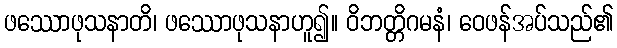
ဖဿောဖုသနာတိ၊ ဖဿောဖုသနာဟူ၍။ ဝိဘတ္တိဂမနံ၊ ဝေဖန်အပ်သည်၏